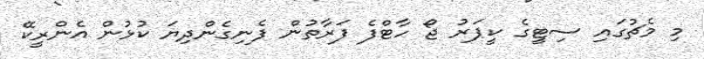
މި މެޗުގައި ސިޓީގެ ކީޕަރު ޖޯ ހާޓްފެ ފަރާތުން ފެނިގެންދިޔަ ކުޅުން އެންރީކޭ